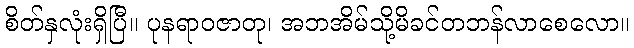
စိတ်နှလုံးရှိပြီ။ ပုနရာဝဇာတု၊ အဘအိမ်သို့မိခင်တဘန်လာစေလော။